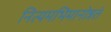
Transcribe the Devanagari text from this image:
नित्यमभिमानोन्नतं